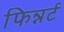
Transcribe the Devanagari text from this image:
फिन्नर्ट